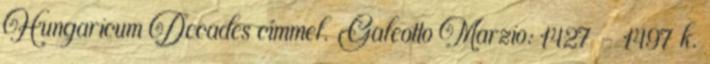
Hungaricum Decades címmel. Galeotto Marzio: 1427 - 1497 k.